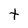
Character: t